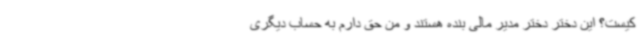
کیست؟ این دختر دختر مدیر مالی بنده هستند و من حق دارم به حساب دیگری